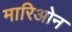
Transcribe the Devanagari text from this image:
मारिओन